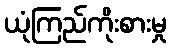
ယုံကြည်ကိုးစားမှု